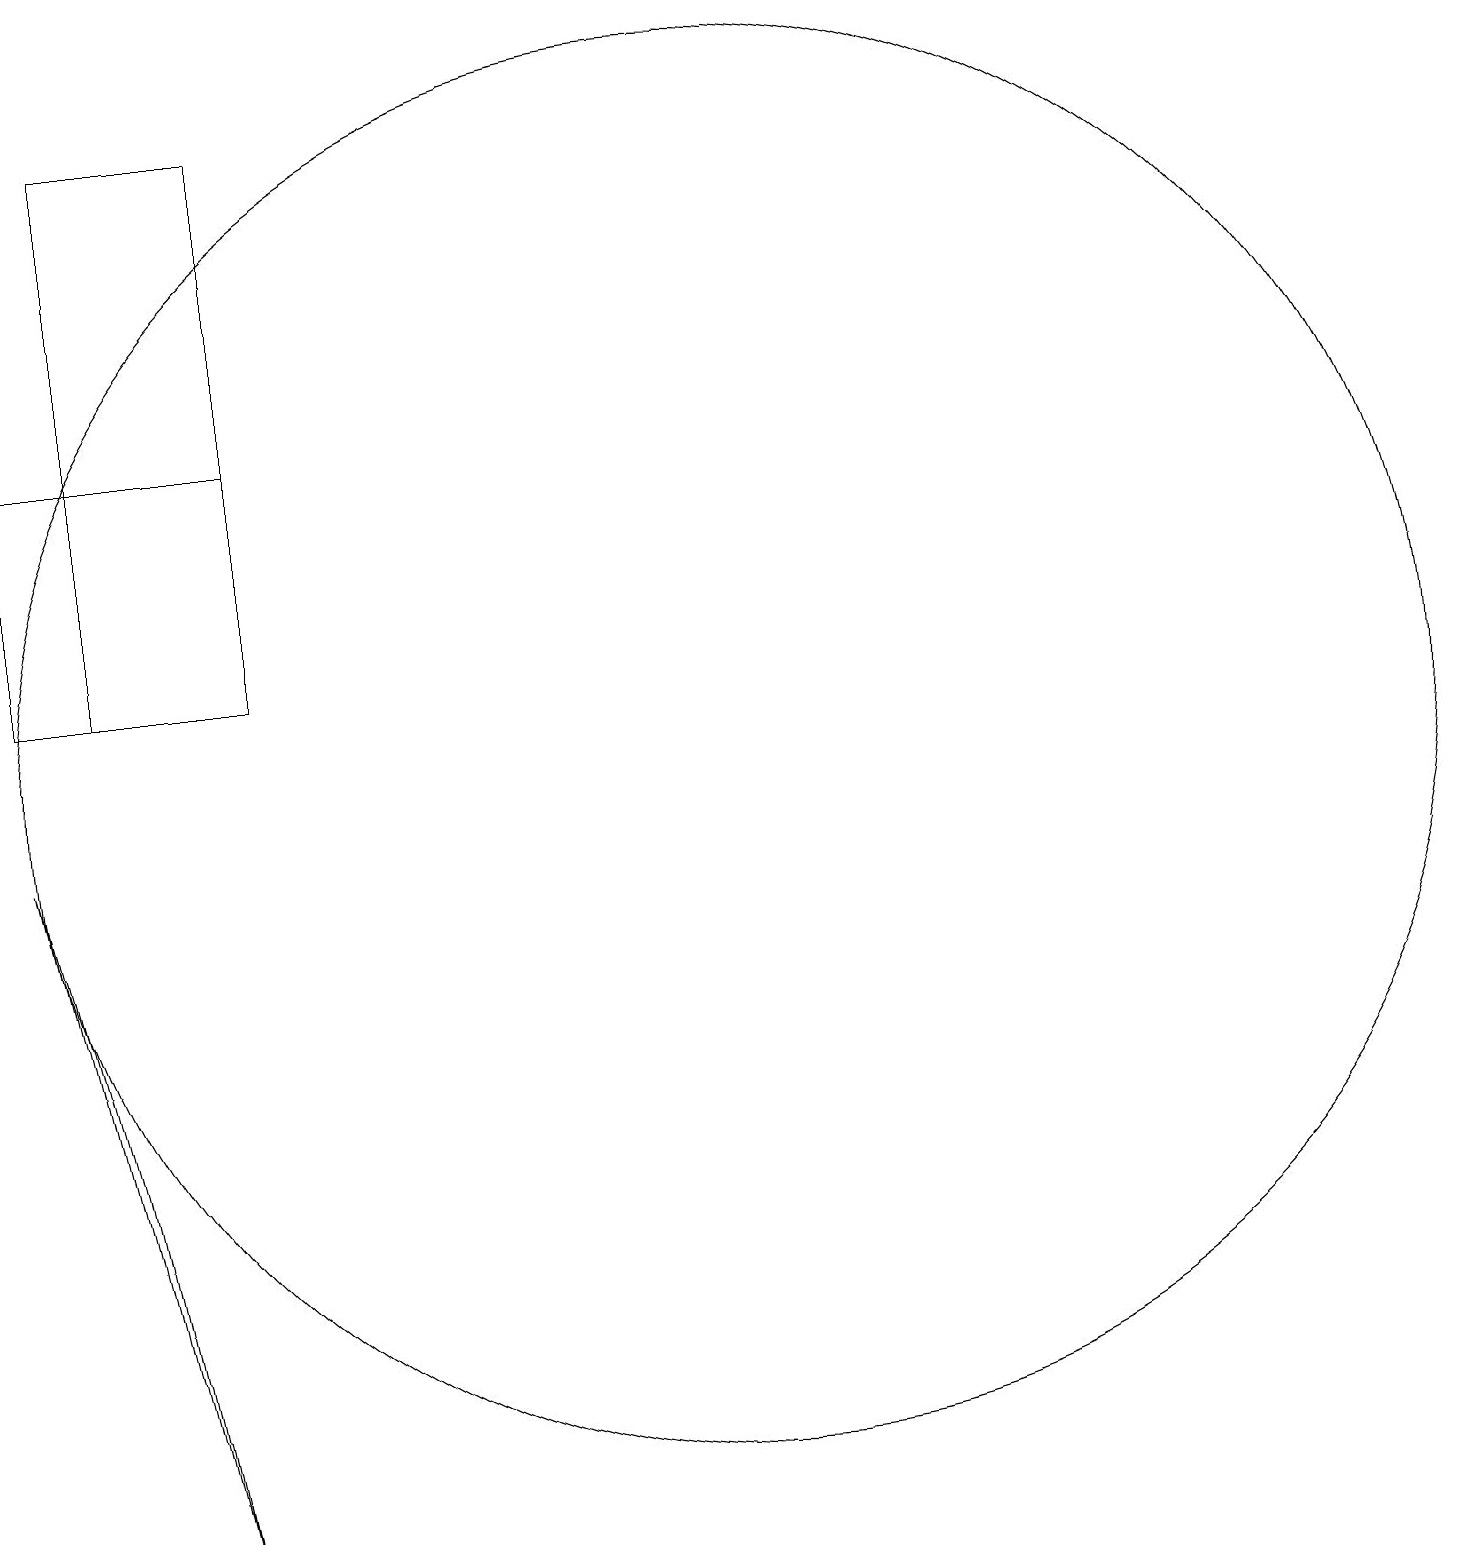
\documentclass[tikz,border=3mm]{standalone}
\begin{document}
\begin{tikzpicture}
\draw (3,11) rectangle (5,18);
\draw (5,11) rectangle (2,14);
\draw (3,5) -- (2,9) -- (4,0) -- cycle;
\draw (11,10) circle (9);
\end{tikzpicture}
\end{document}